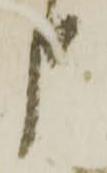
申